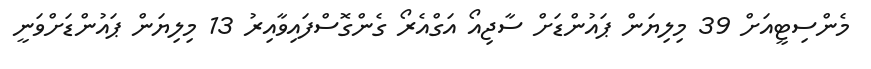
މެންސިޓީއަށް 39 މިލިޔަން ޕައުންޑަށް ސާޖިއޯ އަގްއެރޯ ގެންގޮސްފައިވާއިރު 13 މިލިޔަން ޕައުންޑަށްވަނީ